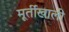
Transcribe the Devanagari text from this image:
मूर्तीखाली